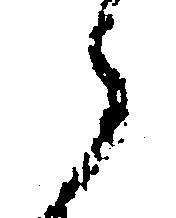
候